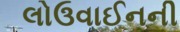
લોઉવાઈનની